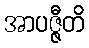
အာပဇ္ဇီတိ